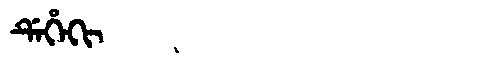
Manchu: ᡩᡝᡥᡝᡴᡳ
Romanization: DEHEKI